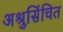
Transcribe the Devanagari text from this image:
अश्रुसिंचित